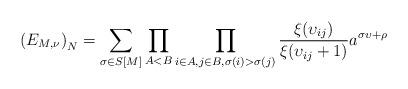
LaTeX: \begin{align*} \left( E_{M,\nu} \right)_N = \sum_{\sigma \in S[M]} \prod_{A < B} \prod_{i \in A, j \in B, \sigma(i) > \sigma(j) } \frac{\xi(\upsilon_{ij})}{\xi(\upsilon_{ij}+1)} a^{\sigma \upsilon + \rho} \end{align*}